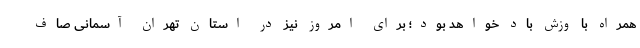
همراه با وزش باد خواهد بود؛ برای امروز نیز در استان تهران آسمانی صاف